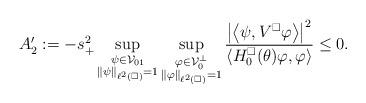
LaTeX: \begin{align*} A'_2:= - s_+^2 \sup_{\substack{\psi \in \mathcal V_{01} \\ \|\psi\|_{\ell^2(\square)} = 1}} \sup_{\substack{\varphi \in \mathcal V_0^\perp \\ \|\varphi\|_{\ell^2(\square)} = 1}} \frac{\left| \left\langle \psi, V^\square \varphi \right\rangle \right|^2}{\left\langle H^\square_0(\theta) \varphi, \varphi \right\rangle} \leq 0.\end{align*}